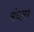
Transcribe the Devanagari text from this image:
मंधना